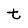
Character: t